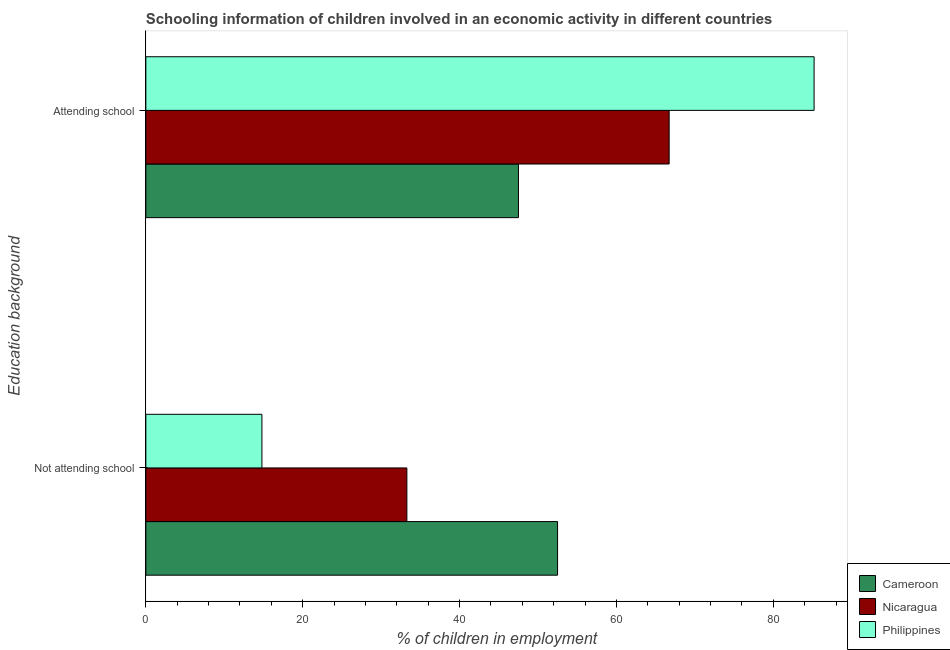
| Education background | Cameroon | Nicaragua | Philippines |
 | --- | --- | --- | --- |
 | Not attending school | 52.5 | 33.3 | 14.8 |
 | Attending school | 47.5 | 66.7 | 85.2 |